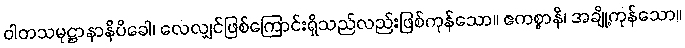
ဝါတသမုဋ္ဌာနာနိပိခေါ၊ လေလျှင်ဖြစ်ကြောင်းရှိသည်လည်းဖြစ်ကုန်သော။ ဧကစ္စာနိ၊ အချို့ကုန်သော။